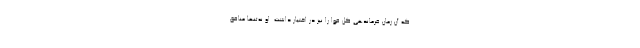
که آن زمان فرماندهی کل قوا را نیز در اختیار داشت. او نه‌تنها منافق